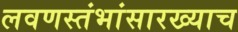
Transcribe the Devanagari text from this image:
लवणस्तंभांसारख्याच